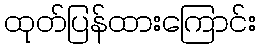
ထုတ်ပြန်ထားကြောင်း